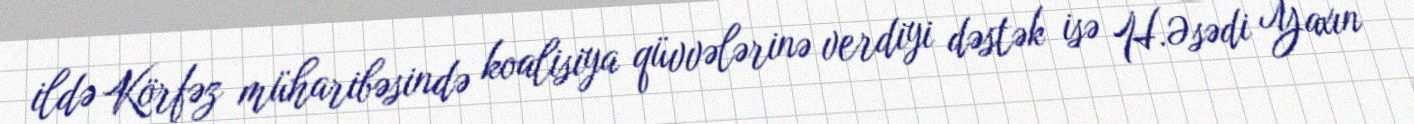
ildə Körfəz müharibəsində koalisiya qüvvələrinə verdiyi dəstək isə H.Əsədi Yaxın